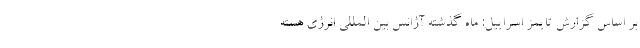
بر اساس گزارش تایمز اسراییل: ماه گذشته آژانس بین المللی انرژی هسته